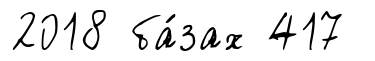
2018 ба́зах 417